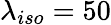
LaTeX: \lambda_{iso}=50